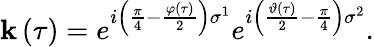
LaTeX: \mathbf{k}\left(\tau\right)=e^{i\left(\frac{{\pi}}{{4}}-\frac{{\varphi\left(\tau\right)}}{{2}}\right)\sigma^{1}}e^{i\left(\frac{{\vartheta\left(\tau\right)}}{{2}}-\frac{{\pi}}{{4}}\right)\sigma^{2}}.